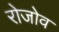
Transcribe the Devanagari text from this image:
रोजोव